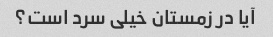
آیا در زمستان خیلی سرد است؟